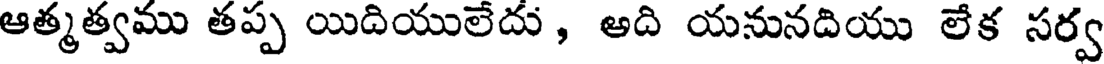
ఆత్మత్వము తప్ప యిదియులేదు , అది యనునదియు లేక సర్వ